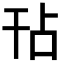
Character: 𭙀